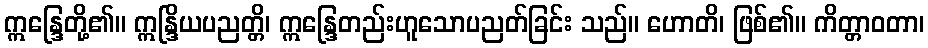
ဣန္ဒြေတို့၏။ ဣန္ဒြိယပညတ္တိ၊ ဣန္ဒြေတည်းဟူသောပညတ်ခြင်း သည်။ ဟောတိ၊ ဖြစ်၏။ ကိတ္တာဝတာ၊